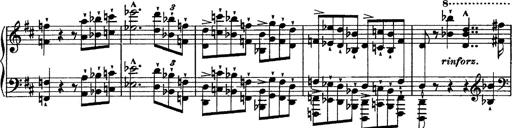
Title: Piano Sonata
Composer: Karl HÃ¤ssler
Key: C major